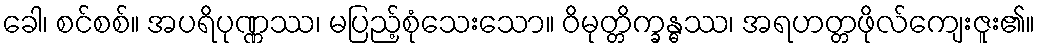
ခေါ၊ စင်စစ်။ အပရိပုဏ္ဏဿ၊ မပြည့်စုံသေးသော။ ဝိမုတ္တိက္ခန္ဓဿ၊ အရဟတ္တဖိုလ်ကျေးဇူး၏။